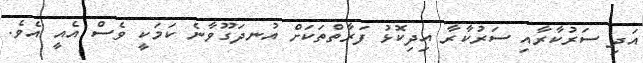
އަދި ސަރުކާރާއި ސަރުކާރާ އިދިކޮޅު ފަރާތްތަކަށް އުނދަގޫވާނެ ކަމަކީ ވެސް އެއީ އެވެ.